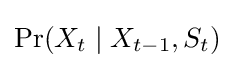
\Pr(X_{t}\mid X_{t-1},S_{t})